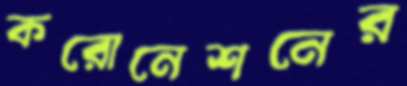
করোনেশনের